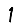
Digit: 1